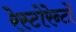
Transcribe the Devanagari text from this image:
रेस्टोरेन्टों